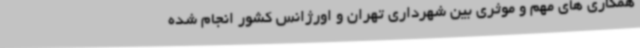
همکاری های مهم و موثری بین شهرداری تهران و اورژانس کشور انجام شده